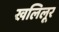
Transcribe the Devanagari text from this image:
खलिलूर